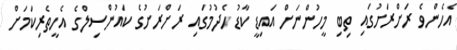
އެހެންވެ ރަށްރަށުގައި ތިބި މީހުންނަށް އައިޑީ ކާޑު ހެދުމުގައި ރަށްރަށުގެ ކައުންސިލްގެ އެހީތެރިކަމަށް